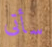
سأتى